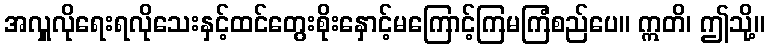
အလှူလိုရေးရလိုသေးနှင့်ထင်တွေးစိုးနှောင့်မကြောင့်ကြမကြံစည်ပေ။ ဣတိ၊ ဤသို့။